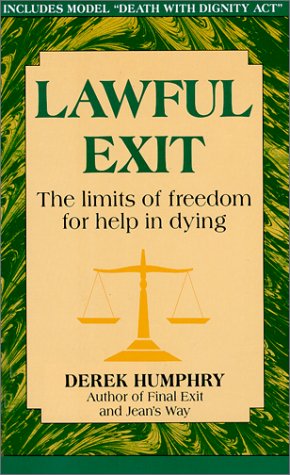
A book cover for Lawful Exit: The Limits of Freedom for Help in Dying; Derek Humphry; Medical Books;